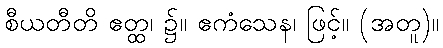
စီယတီတိ ဧတ္ထ၊ ၌။ ဧကံသေန၊ ဖြင့်။ (အတူ)။